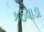
કઠવાડા